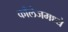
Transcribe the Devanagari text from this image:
काँलेजमध्ये